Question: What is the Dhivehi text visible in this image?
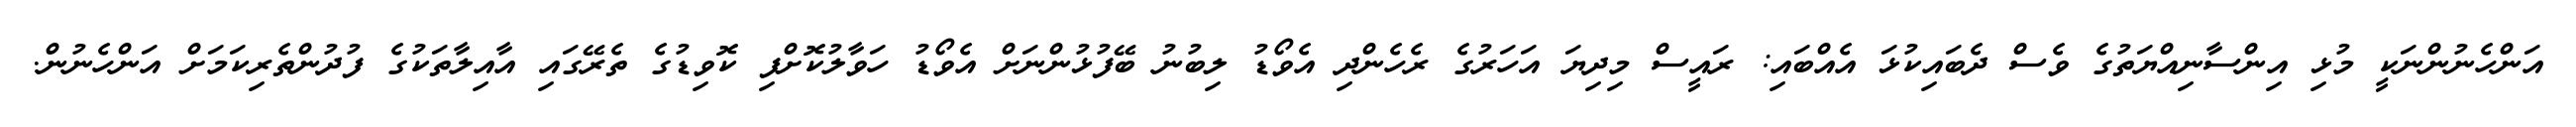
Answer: އަންހެނުންނަކީ މުޅި އިންސާނިއްޔަތުގެ ވެސް ދެބައިކުޅަ އެއްބައި: ރައީސް މިދިޔަ އަހަރުގެ ރެހެންދި އެވޯޑު ލިބުނު ބޭފުޅުންނަށް އެވޯޑު ހަވާލުކޮށްފި ކޮވިޑުގެ ތެރޭގައި އާއިލާތަކުގެ ފުދުންތެރިކަމަށް އަންހެނުން.